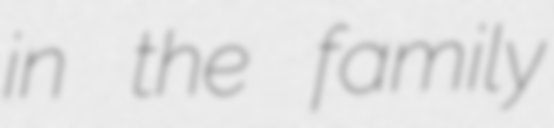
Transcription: in the family